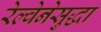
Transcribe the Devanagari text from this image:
रेल्वेनेसुद्धा